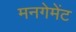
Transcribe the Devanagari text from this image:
मनगेमेंट